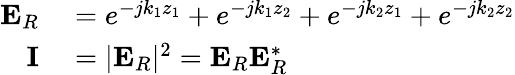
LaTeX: \begin{array}{rl}{\mathbf{E}_{R}}&{{}=e^{-jk_{1}z_{1}}+e^{-jk_{1}z_{2}}+e^{-jk_{2}z_{1}}+e^{-jk_{2}z_{2}}}\\ {\mathbf{I}}&{{}=|\mathbf{E}_{R}|^{2}=\mathbf{E}_{R}\mathbf{E}_{R}^{*}}\end{array}